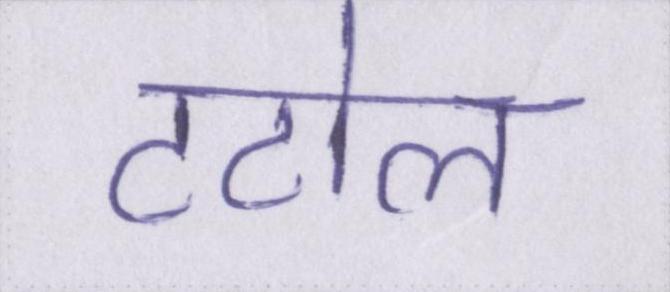
टटोल